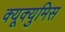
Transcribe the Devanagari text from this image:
क्यूक्युमिस